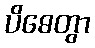
ပိဓေတွာ